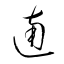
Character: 遖